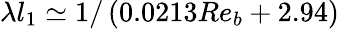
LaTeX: \lambda l_{1}\simeq 1/\left(0.0213Re_{b}+2.94\right)